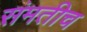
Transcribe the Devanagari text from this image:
संमतीच